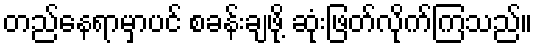
တည်နေရာမှာပင် စခန်းချဖို့ ဆုံးဖြတ်လိုက်ကြသည်။